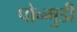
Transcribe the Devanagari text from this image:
पोन्मुडी